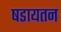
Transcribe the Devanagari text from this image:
षडायतन